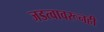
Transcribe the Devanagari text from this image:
जडत्वावरूनही